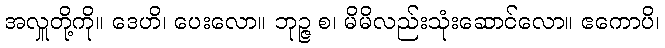
အလှူတို့ကို။ ဒေဟိ၊ ပေးလော။ ဘုဉ္ဇ စ၊ မိမိလည်းသုံးဆောင်လော။ ဧကောပိ၊